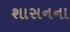
શાસનના